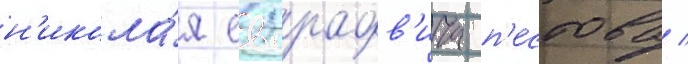
н'икола́я евграфов'ича п'естова /